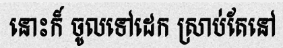
នោះក៏ ចូលទៅដេក ស្រាប់តែនៅ